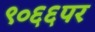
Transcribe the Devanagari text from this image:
९०६६पर